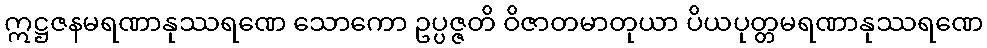
ဣဋ္ဌဇနမရဏာနုဿရဏေ သောကော ဥပ္ပဇ္ဇတိ ဝိဇာတမာတုယာ ပိယပုတ္တမရဏာနုဿရဏေ